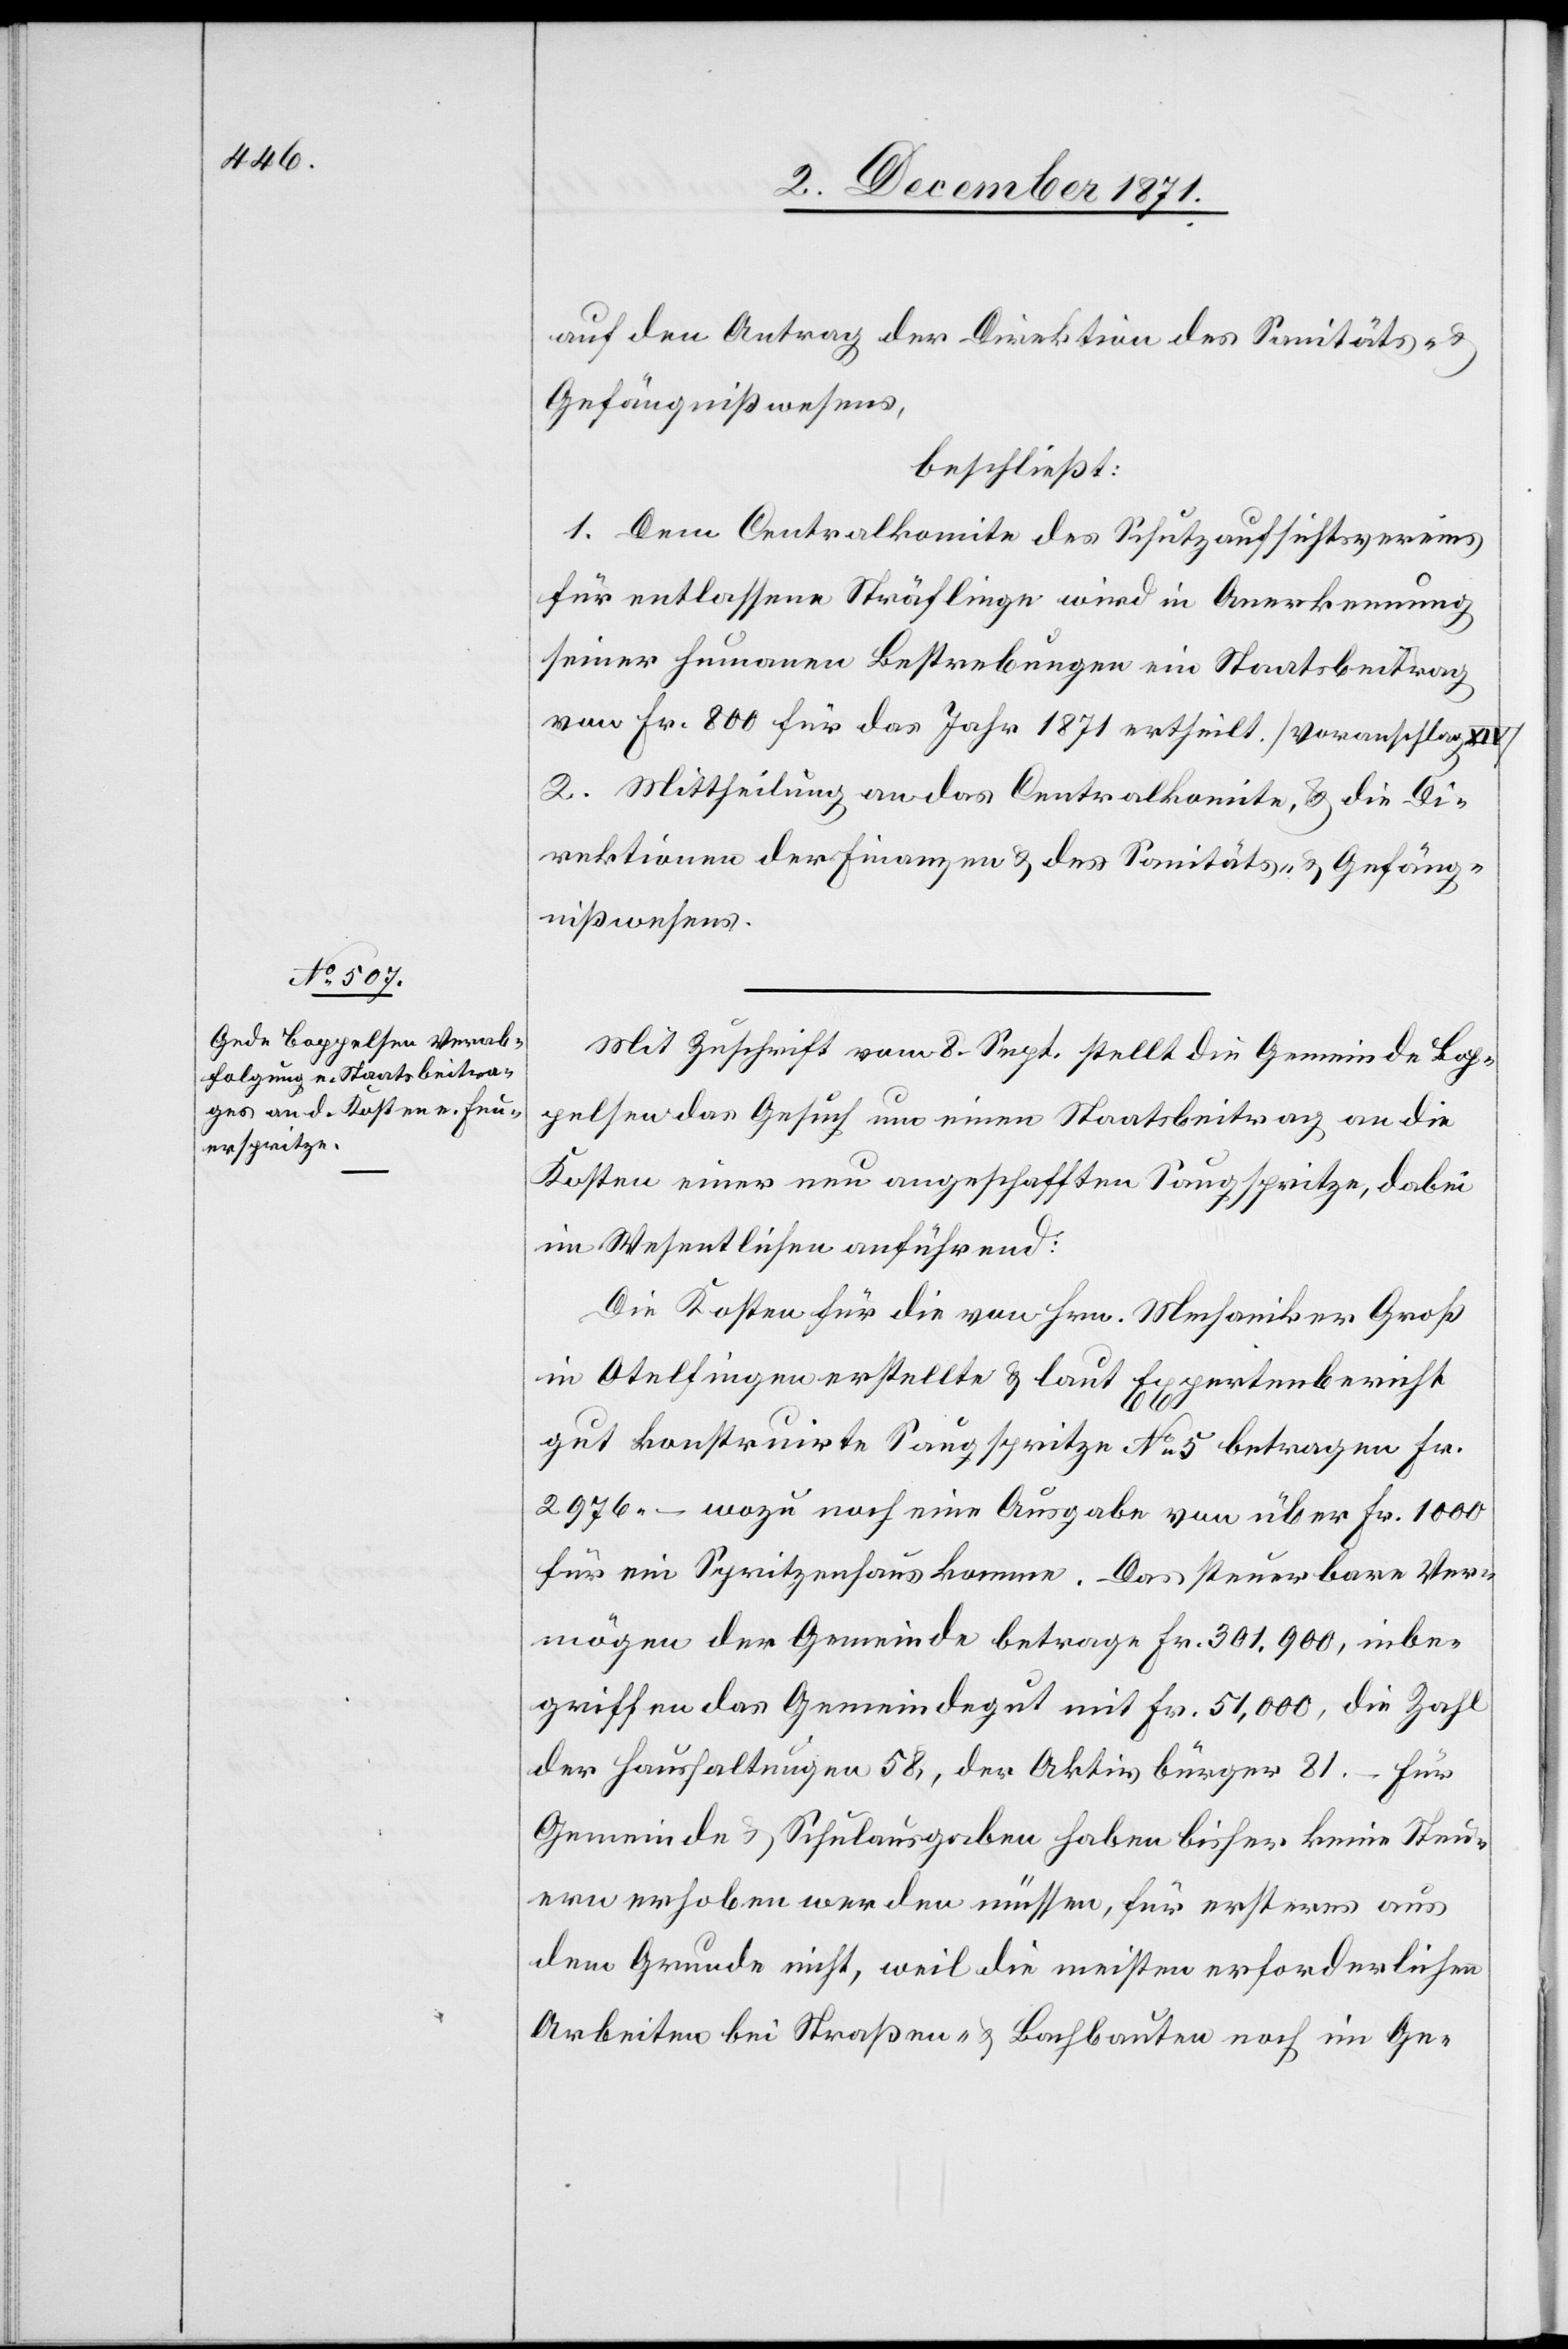
auf den Antrag der Direktion des Sanitäts- &
Gefängnißwesens,
beschließt:
1. Dem Centralkomite des Schutzaufsichtsvereins
für entlassene Sträflinge wird in Anerkennung
seiner humanen Bestrebungen ein Staatsbeitrag
von Fr. 800 für das Jahr 1871 ertheilt. [Voranschlag
2. Mittheilung an das Centralkomite, & die Di¬
rektionen der Finanzen & des Sanitäts- & Gefäng¬
nißwesens.
Mit Zuschrift vom 8. Sept. stellt die Gemeinde Bop¬
pelsen das Gesuch um einen Staatsbeitrag an die
Kosten einer neu angeschafften Saugspritze, dabei
im Wesentlichen anführend:
Die Kosten für die von Hrn. Mechaniker Groß
in Otelfingen erstellte & laut Expertenbericht
gut konstruirte Saugspritze No 5 betragen Fr.
2976.– wozu noch eine Ausgabe von über Fr. 1000
für ein Spritzenhaus komme. Das steuerbare Ver¬
mögen der Gemeinde betrage Fr. 301,900, inbe¬
griffen das Gemeindegut mit Fr. 51,000, die Zahl
der Haushaltungen 58, der Aktivbürger 81. – Für
Gemeinde[-] & Schulausgaben haben bisher keine Steu¬
ern erhoben werden müssen, für erstere aus
dem Grunde nicht, weil die meisten erforderlichen
Arbeiten bei Straßen- & Bachbauten noch im Ge-